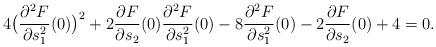
LaTeX: \begin{align*}4\big(\frac{\partial^2 F}{\partial s_1^2}(0)\big)^2+2\frac{\partial F}{\partial s_2}(0)\frac{\partial^2 F}{\partial s_1^2}(0)-8\frac{\partial^2 F}{\partial s_1^2}(0)-2 \frac{\partial F}{\partial s_2}(0)+4=0.\end{align*}